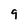
Character: 9